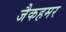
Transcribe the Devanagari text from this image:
जैकहमर